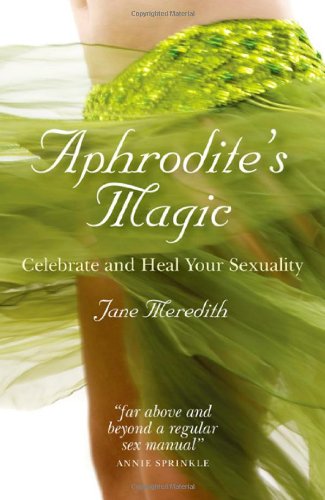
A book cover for Aphrodite's Magic: Celebrate and Heal Your Sexuality; Jane Meredith; Religion & Spirituality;